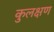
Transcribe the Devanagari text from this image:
कुलक्षण